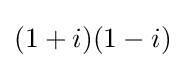
(1+i)(1-i)